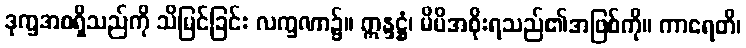
ဒုက္ခအစရှိသည်ကို သိမြင်ခြင်း လက္ခဏာ၌။ ဣန္ဒဋ္ဌံ၊ မိမိအစိုးရသည်၏အဖြစ်ကို။ ကာရေတိ၊